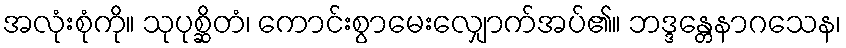
အလုံးစုံကို။ သုပုစ္ဆိတံ၊ ကောင်းစွာမေးလျှောက်အပ်၏။ ဘဒ္ဒန္တေနာဂသေန၊